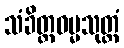
သံခိတ္တဓမ္မသုတ္တံ